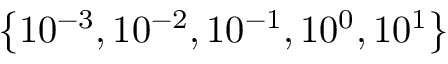
\left\{ 1 0 ^ { - 3 } , 1 0 ^ { - 2 } , 1 0 ^ { - 1 } , 1 0 ^ { 0 } , 1 0 ^ { 1 } \right\}